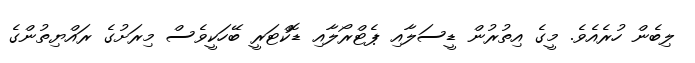
ލިބެން ހުރެއެވެ. މީގެ އިތުރުން ޑީސަލާއި ޕެޓްރޯލާއި ޑޮކްޓަރީ ބޭހަކީވެސް މިރަށުގެ ރައްޔިތުންގެ